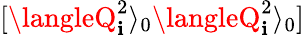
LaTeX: [\langleQ_{\mathbf{i}}^{2}\rangle_{0}\langleQ_{\mathbf{i}}^{2}\rangle_{0}]